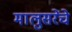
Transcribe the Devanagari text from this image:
मालुसरेंचे